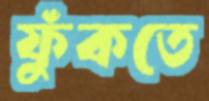
ফুঁকতে